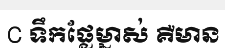
C ទឹកផ្លែម្នាស់ គឺមាន